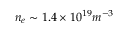
n _ { e } \sim 1 . 4 \times 1 0 ^ { 1 9 } m ^ { - 3 }